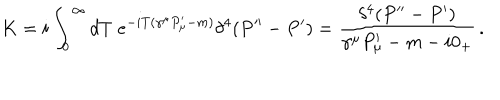
K = i \int _ { 0 } ^ { \infty } d T \; e ^ { - i T ( \gamma ^ { \mu } P _ { \mu } ^ { \prime } - m ) } \delta ^ { 4 } ( P ^ { \prime \prime } - P ^ { \prime } ) = { \frac { \delta ^ { 4 } ( P ^ { \prime \prime } - P ^ { \prime } ) } { \gamma ^ { \mu } P _ { \mu } ^ { \prime } - m - i 0 _ { + } } } \, .